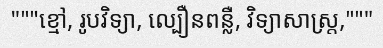
"""ខ្មៅ, រូបវិទ្យា, ល្បឿនពន្លឺ, វិទ្យាសាស្ត្រ,"""